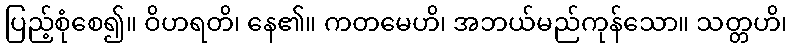
ပြည့်စုံစေ၍။ ဝိဟရတိ၊ နေ၏။ ကတမေဟိ၊ အဘယ်မည်ကုန်သော။ သတ္တဟိ၊